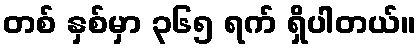
တစ် နှစ်မှာ ၃၆၅ ရက် ရှိပါတယ်။